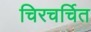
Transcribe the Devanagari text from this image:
चिरचर्चित